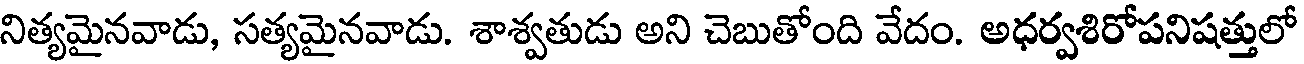
నిత్యమైనవాడు, సత్యమైనవాడు. శాశ్వతుడు అని చెబుతోంది వేదం. అధర్వశిరోపనిషత్తులో